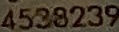
4528239